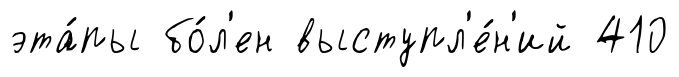
эта́пы бо́л'ен выступл'е́н'ий 410